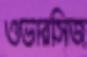
ওভারসিজ